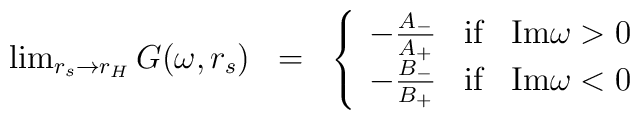
\begin{array}{lcl}\lim_{r_s\rightarrow r_H} G(\omega,r_s) & = & \left\{ \begin{array}{lcl}-\frac{A_-}{A_+} & \mbox{if} & \mathrm{Im} \omega >0 \\ -\frac{B_-}{B_+} & \mbox{if} & \mathrm{Im} \omega <0\end{array}\right.\end{array}